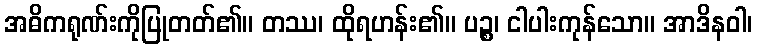
အဓိကရုဏ်းကိုပြုတတ်၏။ တဿ၊ ထိုရဟန်း၏။ ပဉ္စ၊ ငါပါးကုန်သော။ အာဒိနဝါ၊